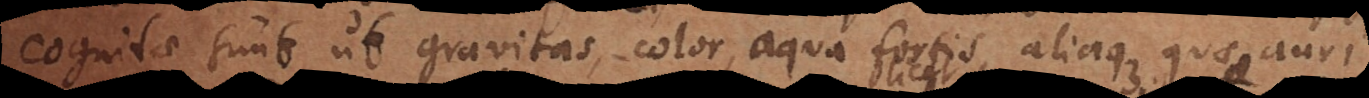
cognitae sunt, ut gravitas, color, aqua fortis, aliaque quae auri